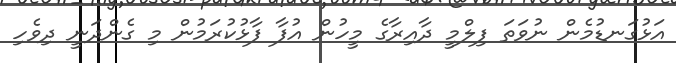
އަޅުގަނޑުމެން ނުވަތަ ފިލްމީ ދާއިރާގެ މީހުން އުފާ ފާޅުކުރަމުން މި ގެންދަނީ ދިވެހި